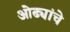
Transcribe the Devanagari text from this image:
ओढ्यांचे